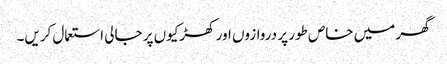
گھر میں خاص طور پر دروازوں اور کھڑکیوں پر جالی استعمال کریں۔